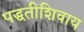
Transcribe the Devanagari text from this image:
पद्धतीशिवाय